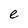
Character: e